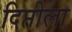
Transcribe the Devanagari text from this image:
दिप्तीला